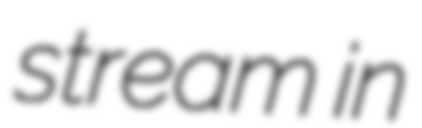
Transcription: stream in